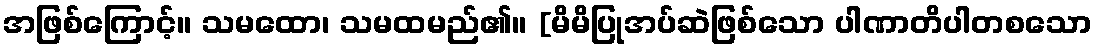
အဖြစ်ကြောင့်။ သမထော၊ သမထမည်၏။ [မိမိပြုအပ်ဆဲဖြစ်သော ပါဏာတိပါတစသော